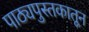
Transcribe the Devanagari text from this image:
पाठ्यपुस्तकातून